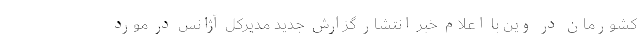
کشورمان در وین با اعلام خبر انتشار گزارش جدید مدیرکل آژانس در مورد